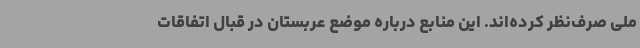
ملی صرف‌نظر کرده‌اند. این منابع درباره موضع عربستان در قبال اتفاقات